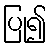
ပြု၍